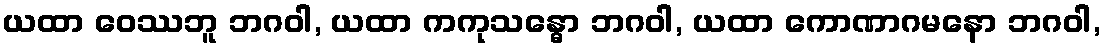
ယထာ ဝေဿဘူ ဘဂဝါ, ယထာ ကကုသန္ဓော ဘဂဝါ, ယထာ ကောဏာဂမနော ဘဂဝါ,